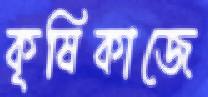
কৃষিকাজে